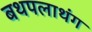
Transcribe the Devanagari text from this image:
बथपलाथंग